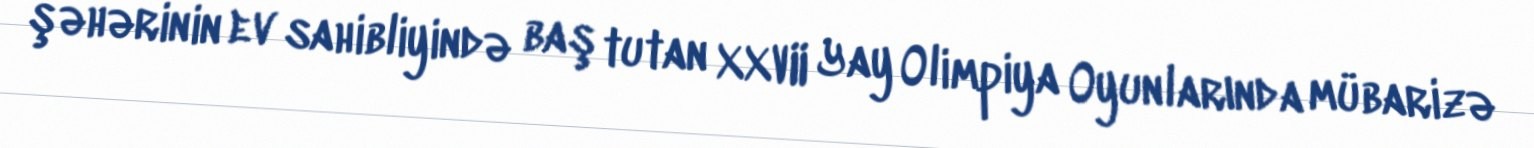
şəhərinin ev sahibliyində baş tutan XXVII Yay Olimpiya Oyunlarında mübarizə